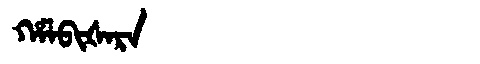
Manchu: ᡥᠠᠯᠪᡳᡧᠠᡵᠠ
Romanization: HALBIŠARA